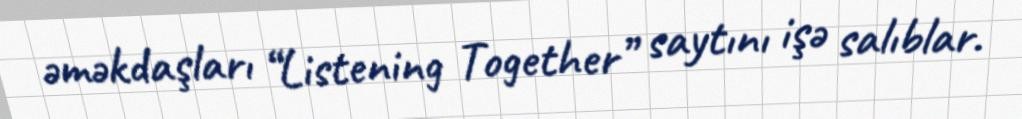
əməkdaşları “Listening Together” saytını işə salıblar.